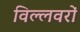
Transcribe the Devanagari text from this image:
विल्लवरों